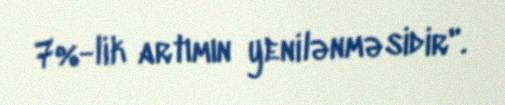
7%-lik artımın yenilənməsidir".